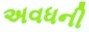
અવધની